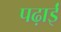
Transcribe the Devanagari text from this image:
पढ़ाईं